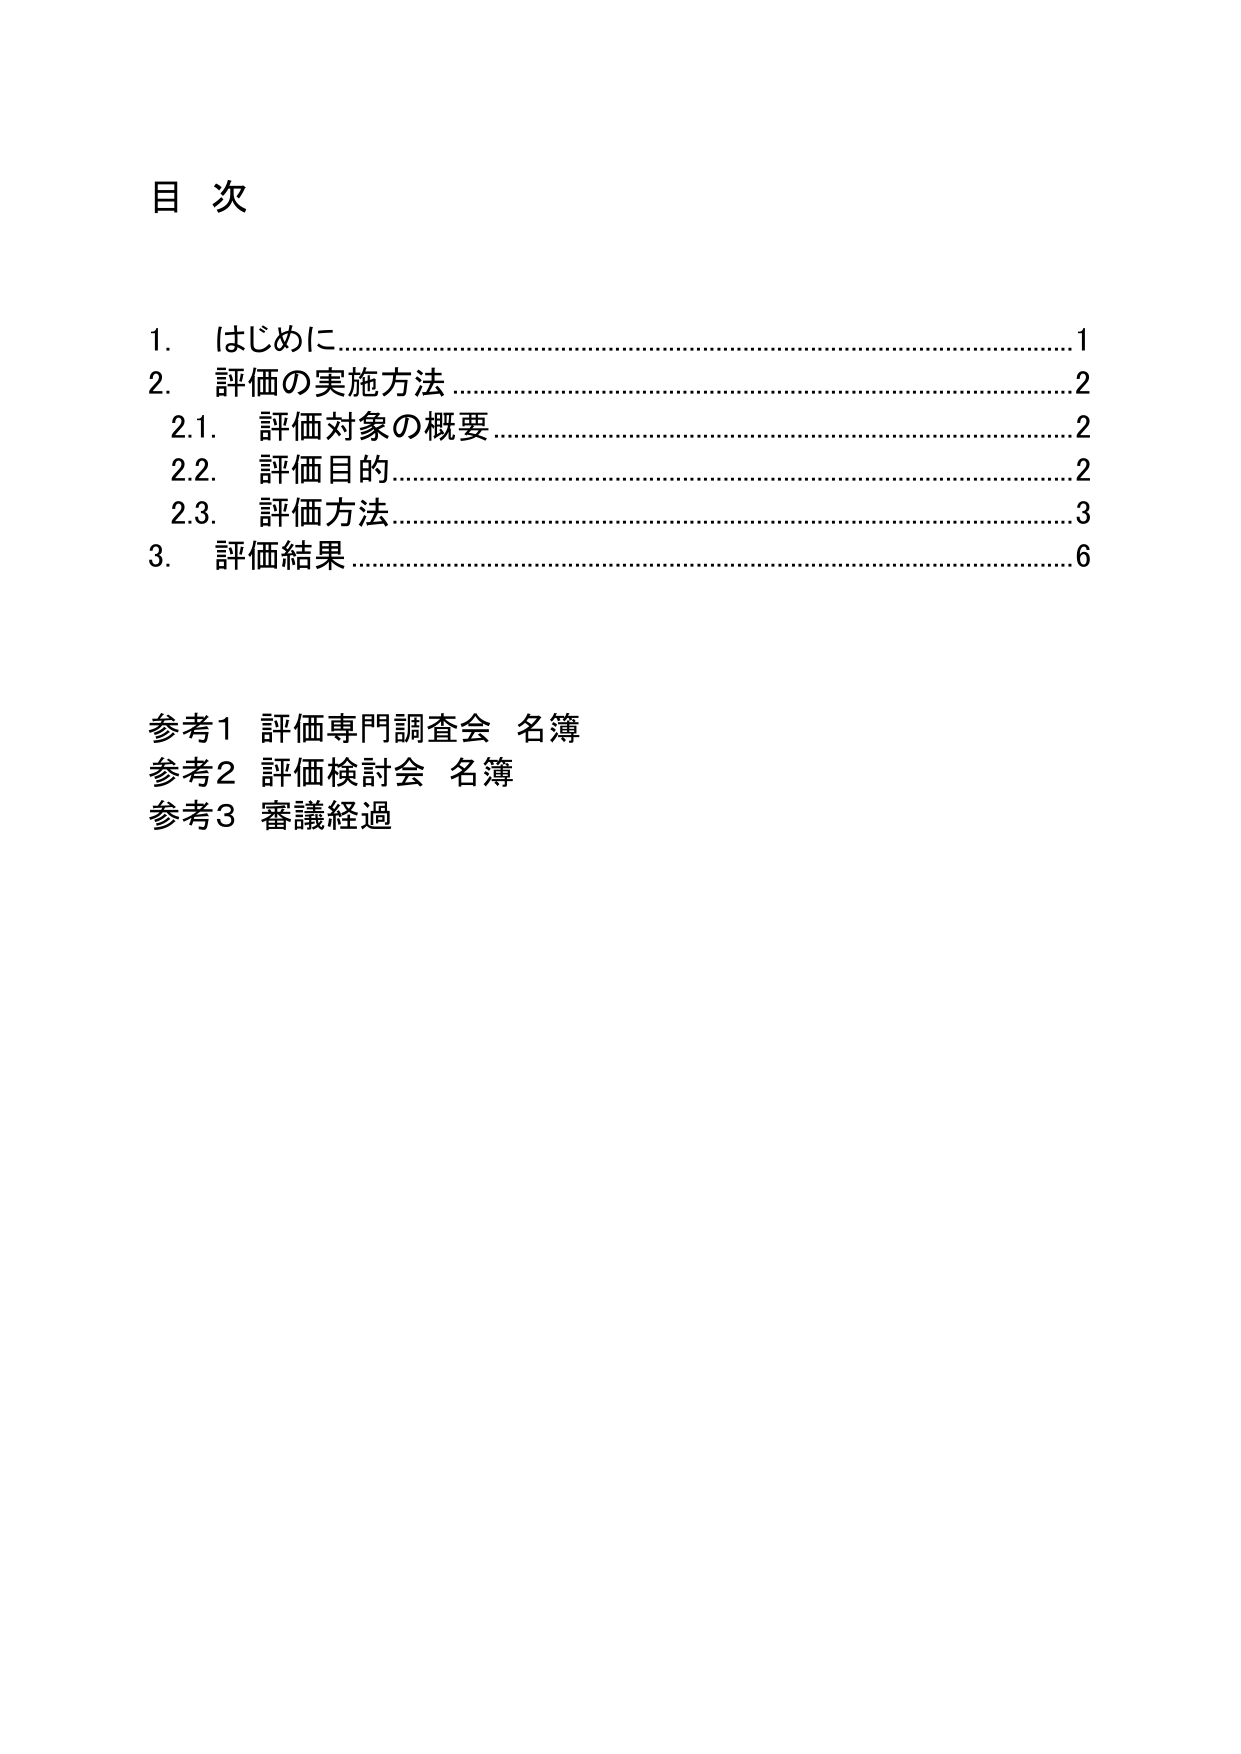
目次

1. はじめに………………………………………………………………………1
2. 評価の実施方法………………………………………………………………2
　2.1. 評価対象の概要…………………………………………………………2
　2.2. 評価目的…………………………………………………………………2
　2.3. 評価方法…………………………………………………………………3
3. 評価結果………………………………………………………………………6

参考1 評価専門調査会 名簿
参考2 評価検討会 名簿
参考3 審議経過